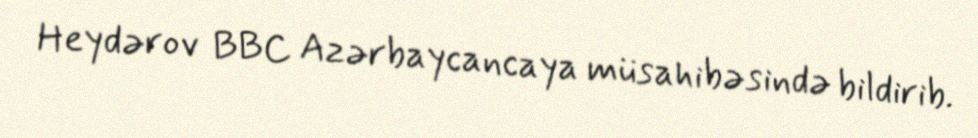
Heydərov BBC Azərbaycancaya müsahibəsində bildirib.